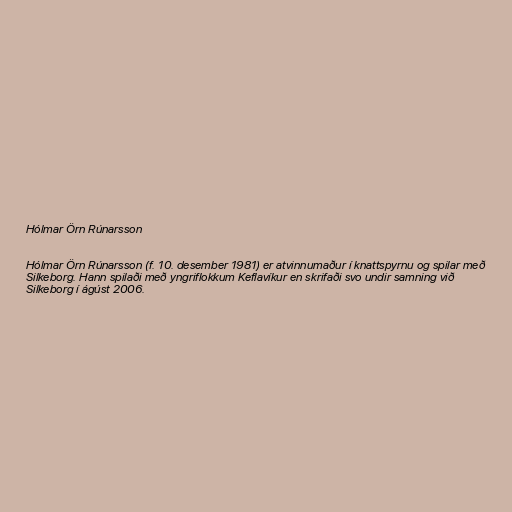
Hólmar Örn Rúnarsson

Hólmar Örn Rúnarsson (f. 10. desember 1981) er atvinnumaður í knattspyrnu og spilar með
Silkeborg. Hann spilaði með yngriflokkum Keflavíkur en skrifaði svo undir samning við
Silkeborg í ágúst 2006.